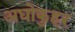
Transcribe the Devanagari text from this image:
अधोकुहर